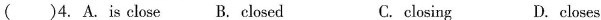
( )4. A. Is close B. Closed C. closing D. closes